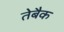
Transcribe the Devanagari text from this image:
तेबैक